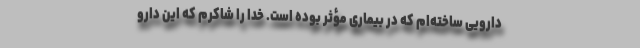
دارویی ساخته‌ام که در بیماری مؤثر بوده است. خدا را شاکرم که این دارو